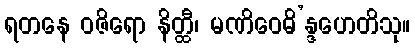
ရတနေ ဝဇိရော နိတ္ထီ၊ မဏိဝေဓိ’န္ဒဟေတိသု။